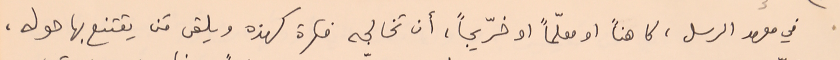
في معهد الرسل، كاهناً او معلمّأً او خرّيجاً، أن تخالجه فكرة كهذه ويلقى مَن يقتنع بها حوله،